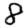
Digit: 8